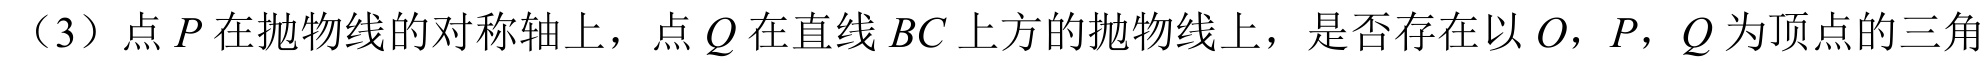
（3）点\(P\)在抛物线的对称轴上，点\(Q\)在直线\(BC\)上方的抛物线上，是否存在以\(O\)，\(P\)，\(Q\)为顶点的三角